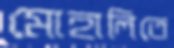
মোহালিতে